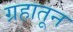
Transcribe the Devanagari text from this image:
ग्रहातून